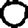
Digit: 0